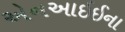
એનઆઇઈના